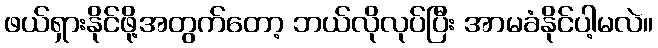
ဖယ်ရှားနိုင်ဖို့အတွက်တော့ ဘယ်လိုလုပ်ပြီး အာမခံနိုင်ပါ့မလဲ။